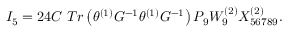
I _ { 5 } = 2 4 C \, \, T r \left( \theta ^ { \left( 1 \right) } G ^ { - 1 } \theta ^ { \left( 1 \right) } G ^ { - 1 } \right) P _ { 9 } W _ { 9 } ^ { \left( 2 \right) } X _ { 5 6 7 8 9 } ^ { \left( 2 \right) } . \nonumber